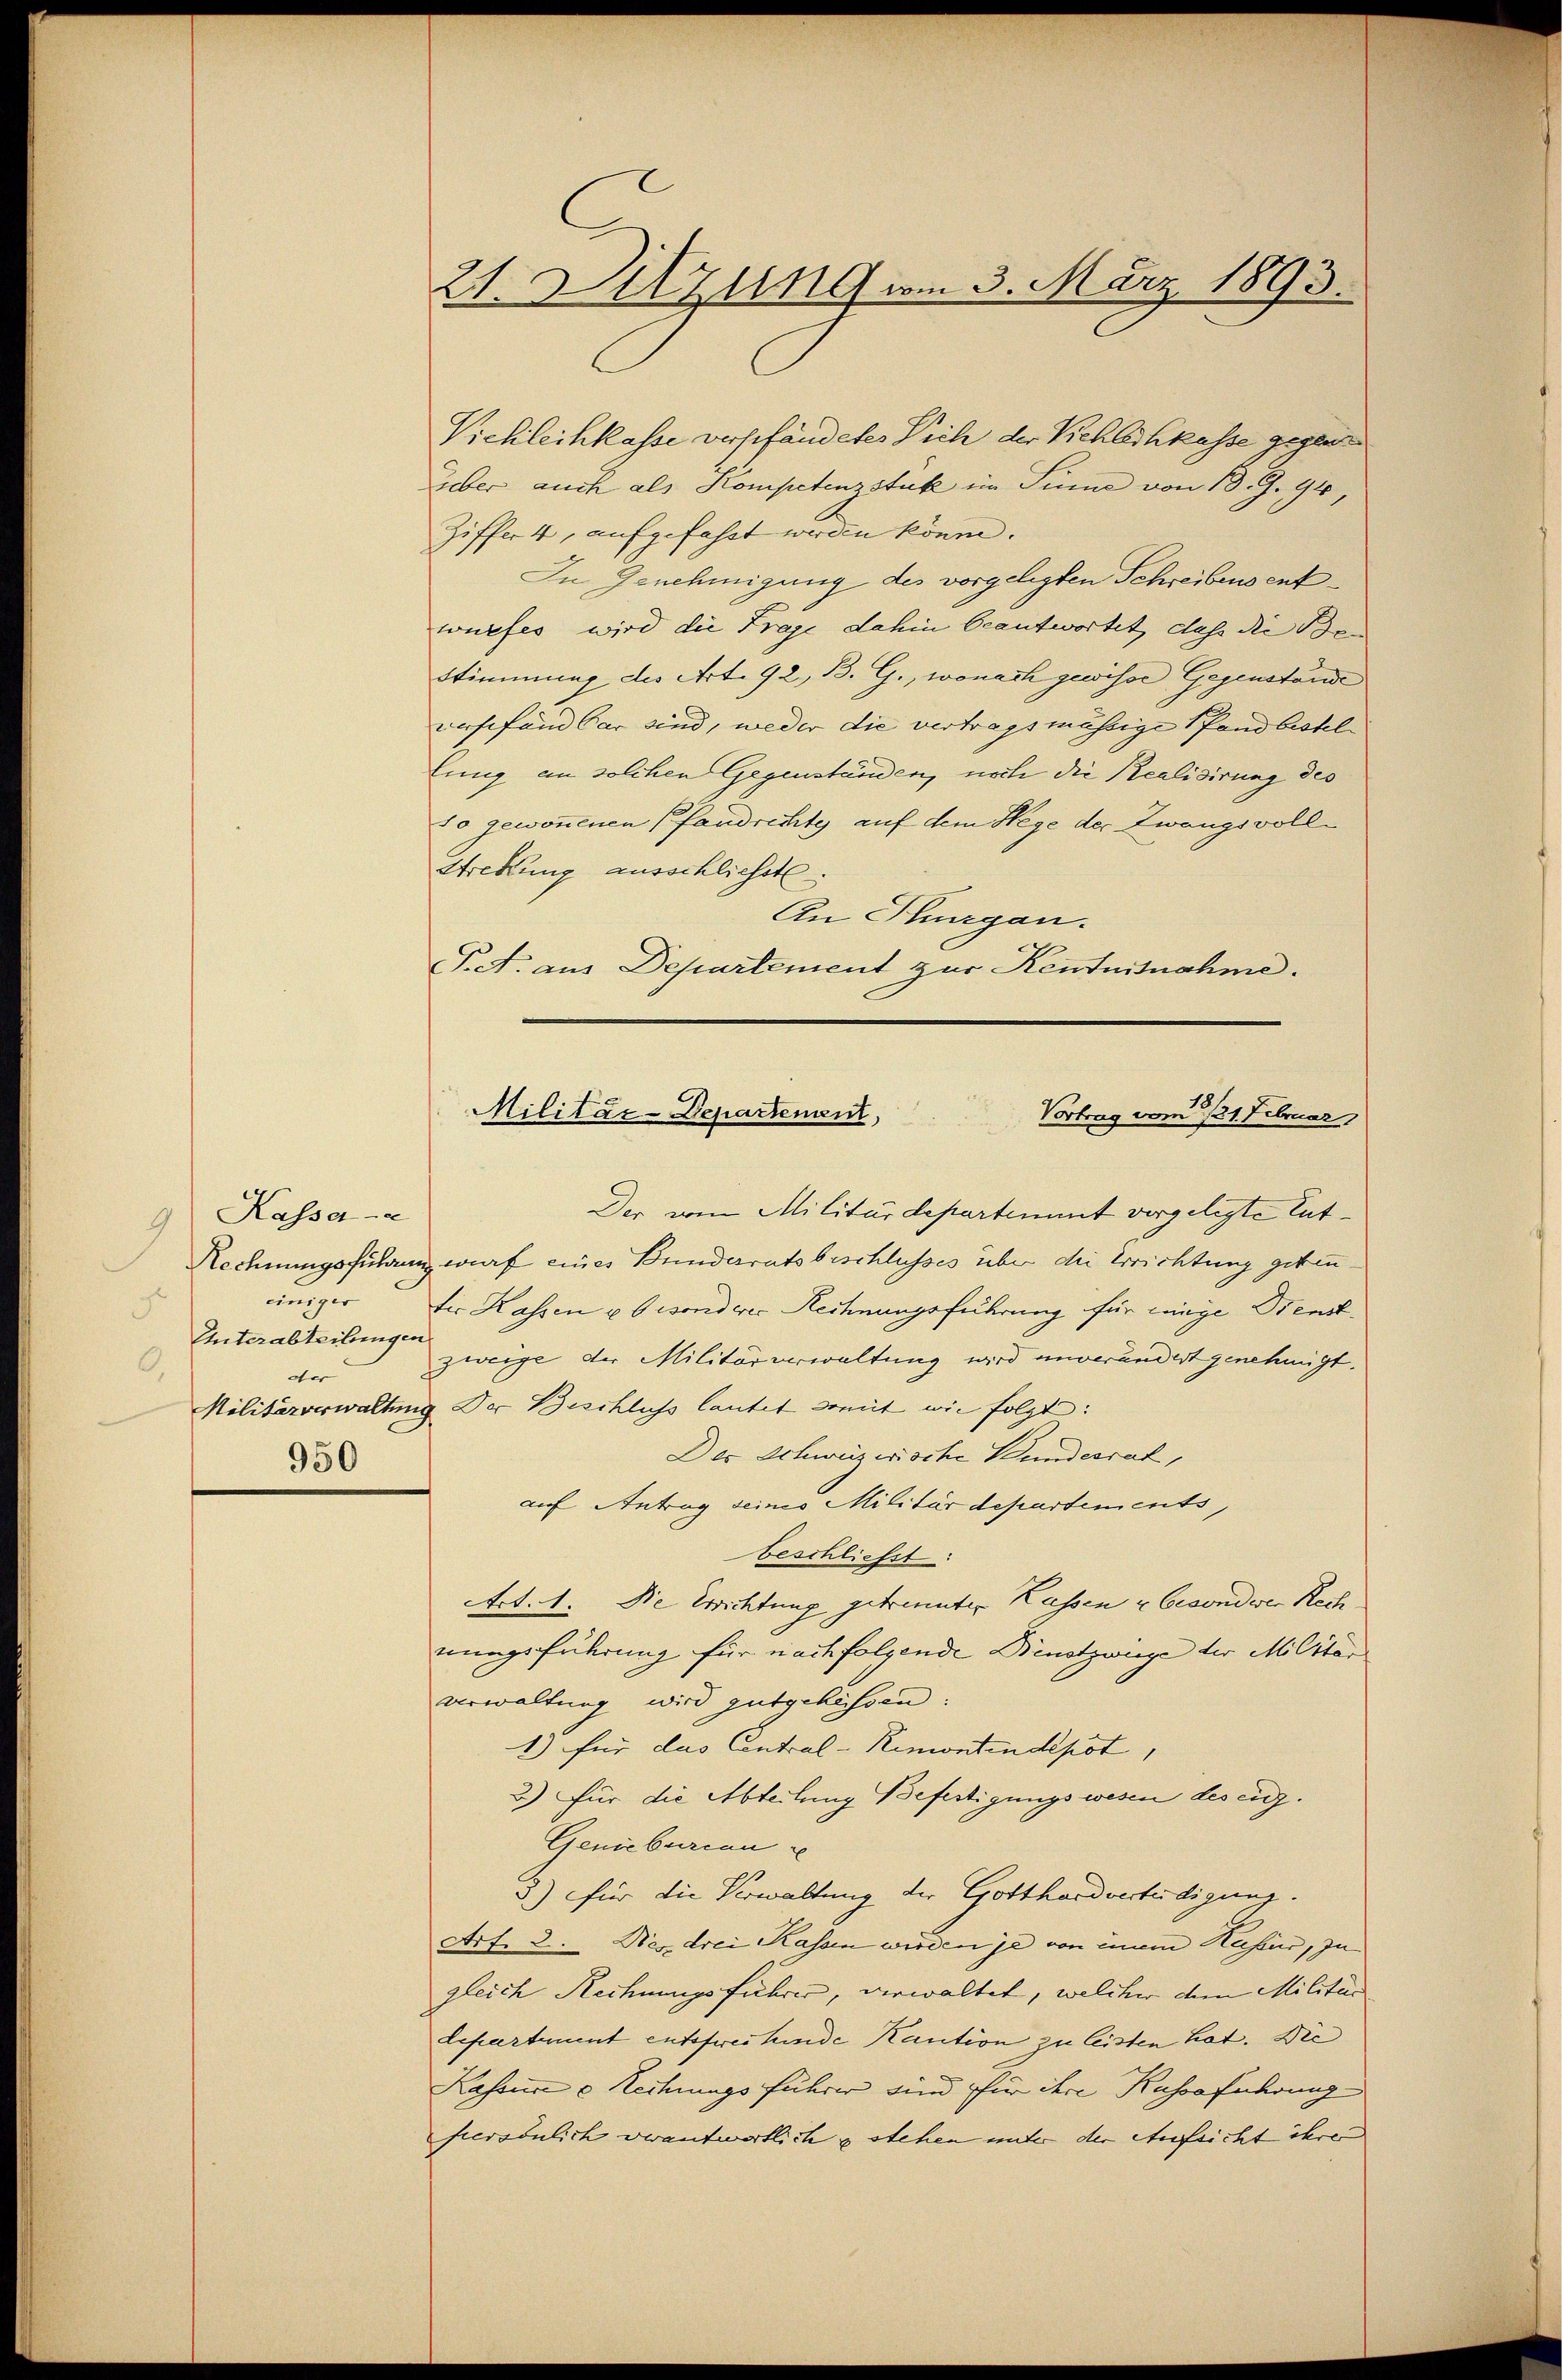
Kassa a
9
einiger
d
Unterabteilungen
0.
der
950

21. Sitzung vom 3. März 1893.

Vichleihkasse verpfändetes Vich der Vichleihkasse gegen
über auch als Kompetenzstük im Sinne von 13. Z. 94,
Ziffer 4, aufgefasst werden könne.
In Genehmigung des vorgelegten Schreibens entwurfes wird die Frage dahin beantwortet, dass die Ben
Stimmung des Art. 92, B. G., wonach gewisse Gegenstande
versefand der sind, weder die vertragsmässige Pfandbestel- |
Eung an solchen Gegenständen, noch die Realisirung des
o gewonnenen Pfandrehty auf dem Wege der Zwangsvoll¬
Stretung ausschliesst.
An Thurgau.
P.A. aus Departement zur Kentnisnahme.

Militär-Departenant,
Vortrag vom 21. Februar,

Der vom Militärdepartiment vergelegte Ent¬
Rechnungsführung wurf eines Bundesratsbeschlusses über die Errichtung gebenfir Kassen u besonderer Rechnungeführung für länge Dienstzweige der Militärverwaltung wird unverändert genehmigt.
Militärverwaltung der Beschluss lautet mit wie folgt:
Des Schweizerische Kundesrat,
auf Antrag seines Militärdepartements,
beschließt:
Act. 1. Die Errichtung getrennter Kassen u besondere Rech
nungsführung für nachfolgende Bentzwiege der Militär
verwaltung wird gutgehassen:
1) für das Central-Remontendepot
3.) Für die Abteilung Befertigungswesen des eig¬
Geniebureau
3) für die Verwaltung der Gotthardvertädigung.
Art. 2. Dies drei Kassen werden je von einem Hasens, zu
gleich Rechnungsführer, verwaltet, welcher dem Militär
Lepartement entsfreihunde Kaution zu leisten hat. Die
Kassen u. Rechnungs Führer sind für ihre Kassa führung
persönlich verantwortlich & stehen unter der Aufsicht ihre